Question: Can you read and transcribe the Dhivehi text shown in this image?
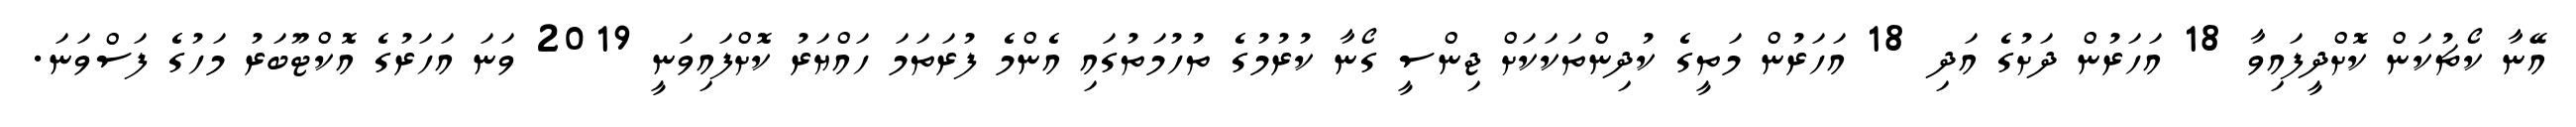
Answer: އޭނާ ކޯޗުކަން ކޮށްދީފައިވާ 18 އަހަރުން ދަށުގެ އަދި 18 އަހަރުން މަތީގެ ކުދިންތަކަކަށް ޖިންސީ ގޯނާ ކުރުމުގެ ތުހުމަތުގައި އެންމެ ފުރަތަމަ ހައްޔަރު ކޮށްފައިވަނީ 2019 ވަނަ އަހަރުގެ އޮކްޓޫބަރު މަހުގެ ފަސްވަނަ.